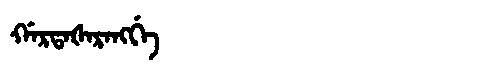
Manchu: ᡤᠠᡵᡨᠠᡧᠠᡵᠠᠩᡤᡝ
Romanization: GARTAŠARANGGE